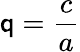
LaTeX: \mathsf{q}={\frac{{c}}{{a}}}